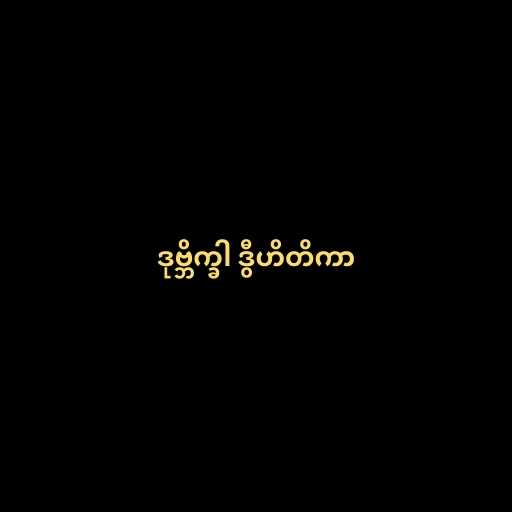
ဒုဗ္ဘိက္ခါ ဒွီဟိတိကာ